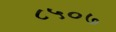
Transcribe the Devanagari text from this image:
८५०७